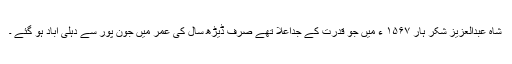
شاہ عبدالعزیز شکر ہار ۱۵۶۷ ء میں جو قدرت کے جداعلا تھے صرف ڈیڑھ سال کی عمر میں جون پور سے دہلی آباد ہو گئے ۔